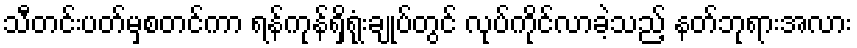
သီတင်းပတ်မှစတင်ကာ ရန်ကုန်ရှိရုံးချုပ်တွင် လုပ်ကိုင်လာခဲ့သည့် နတ်ဘုရားအလား